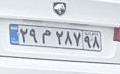
۲۹م۲۸۷۹۸